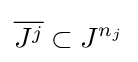
{\overline {J^{j}}}\subset J^{n_{j}}